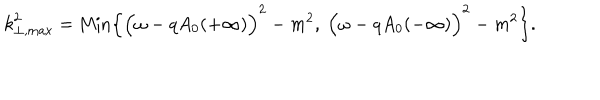
{ k } _ { \perp , \mathrm { m a x } } ^ { 2 } = \mathrm { M i n } \Bigl \{ \Bigl ( \omega - q A _ { 0 } ( + \infty ) \Bigr ) ^ { 2 } - m ^ { 2 } , ~ \Bigl ( \omega - q A _ { 0 } ( - \infty ) \Bigr ) ^ { 2 } - m ^ { 2 } \Bigr \} .